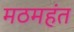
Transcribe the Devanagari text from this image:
मठमहंत